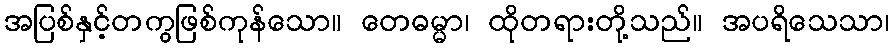
အပြစ်နှင့်တကွဖြစ်ကုန်သော။ တေဓမ္မာ၊ ထိုတရားတို့သည်။ အပရိသေသာ၊